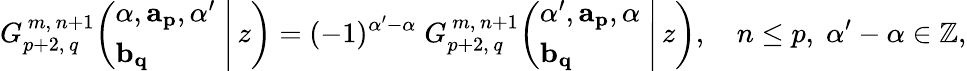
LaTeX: G_{p+2,\, q}^{\, m,\, n+1}\! \left(\left.{\begin{array}{l}{\alpha,\mathbf{a_{p}},\alpha^{\prime}}\\ {\mathbf{b_{q}}}\end{array}}\; \right|\, z\right)=(-1)^{\alpha^{\prime}-\alpha}\; G_{p+2,\, q}^{\, m,\, n+1}\! \left(\left.{\begin{array}{l}{\alpha^{\prime},\mathbf{a_{p}},\alpha}\\ {\mathbf{b_{q}}}\end{array}}\; \right|\, z\right),\quad n\leq p,\; \alpha^{\prime}-\alpha\in\mathbb{Z},